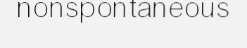
nonspontaneous